Scientific memoirs by medical officers of the Army of India - Part III,
Year: 1887
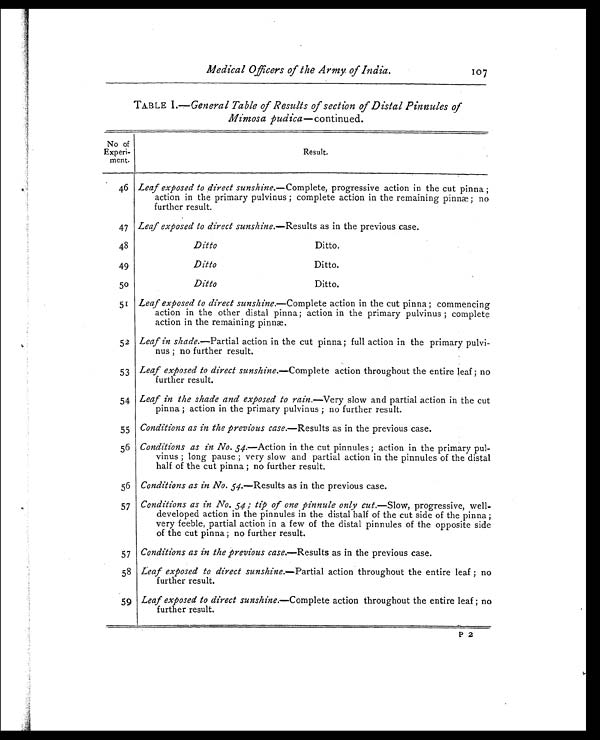
Medical Officers of the Army. of India. 107
TABLE I.—General Table of Results of section of Distal Pinnules of
Mimosa pudica —continued.
No of
Experi -
ment.
Resul t.
46 Leaf exposed to direct sunshine .—Complete, progressive action in the cut pinna ;
action in the primary pulvinus ; complete action in the remaining pinnæ ; no
further result.
47 Leaf exposed to direct sunshine .—Results as in the previous case.
48
Ditto
Ditto,
49
Ditto
Ditto.
50
Ditto
Ditto.
51 Leaf exposed to direct sunshine.—Complete action in the cut pinna ; commencing
action in the other distal pinna ; action in the primary pulvinus ; complete
action in the remaining pinnæ.
52 Leaf in shade.—Partial action in the cut pinna ; full action in the primary pulvi-
nus ; no further result.
53 Leaf exposed to direct sunshine .—Complete action throughout the entire leaf ; no
further result.
54 Leaf in the shade and exposed to rain .—Very slow and partial action in the cut
pinna ; action in the primary pulvinus ; no further result.
55 Conditions as in the previous case .—Results as in the previous case.
56 Conditions as in No. 54. — A c t i o n i n t h e c u t p i n n u l e s ; a c t i o n i n t h e p r i m a r y p u l -
vinus ; long pause ; very slow and partial action in the pinnules of the distal
half of the cut pinna ; no further result.
56 Conditions as in No. 54.—Results as in the previous case.
57 Conditions as in No. 54; tip of one pinnule only cut.—Slow, progressive, well-
developed action in the pinnules in the distal half of the cut side of the pinna ;
very feeble, partial action in a few of the distal pinnules of the opposite side
of the cut pinna ; no further result.
57 Conditions as in the previous case.—Results as in the previous case.
58 Leaf exposed to direct sunshine .—Partial action throughout the entire leaf ; no
further result.
59 Leaf exposed to direct sunshine.—Complete action throughout the entire leaf ; no
further result.
P 2